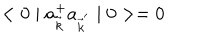
LaTeX: < 0 \mid a _ { \vec { k } } ^ { + } a _ { { \vec { k } } ^ { ' } } \mid 0 > = 0